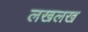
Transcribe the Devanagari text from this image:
लखलख